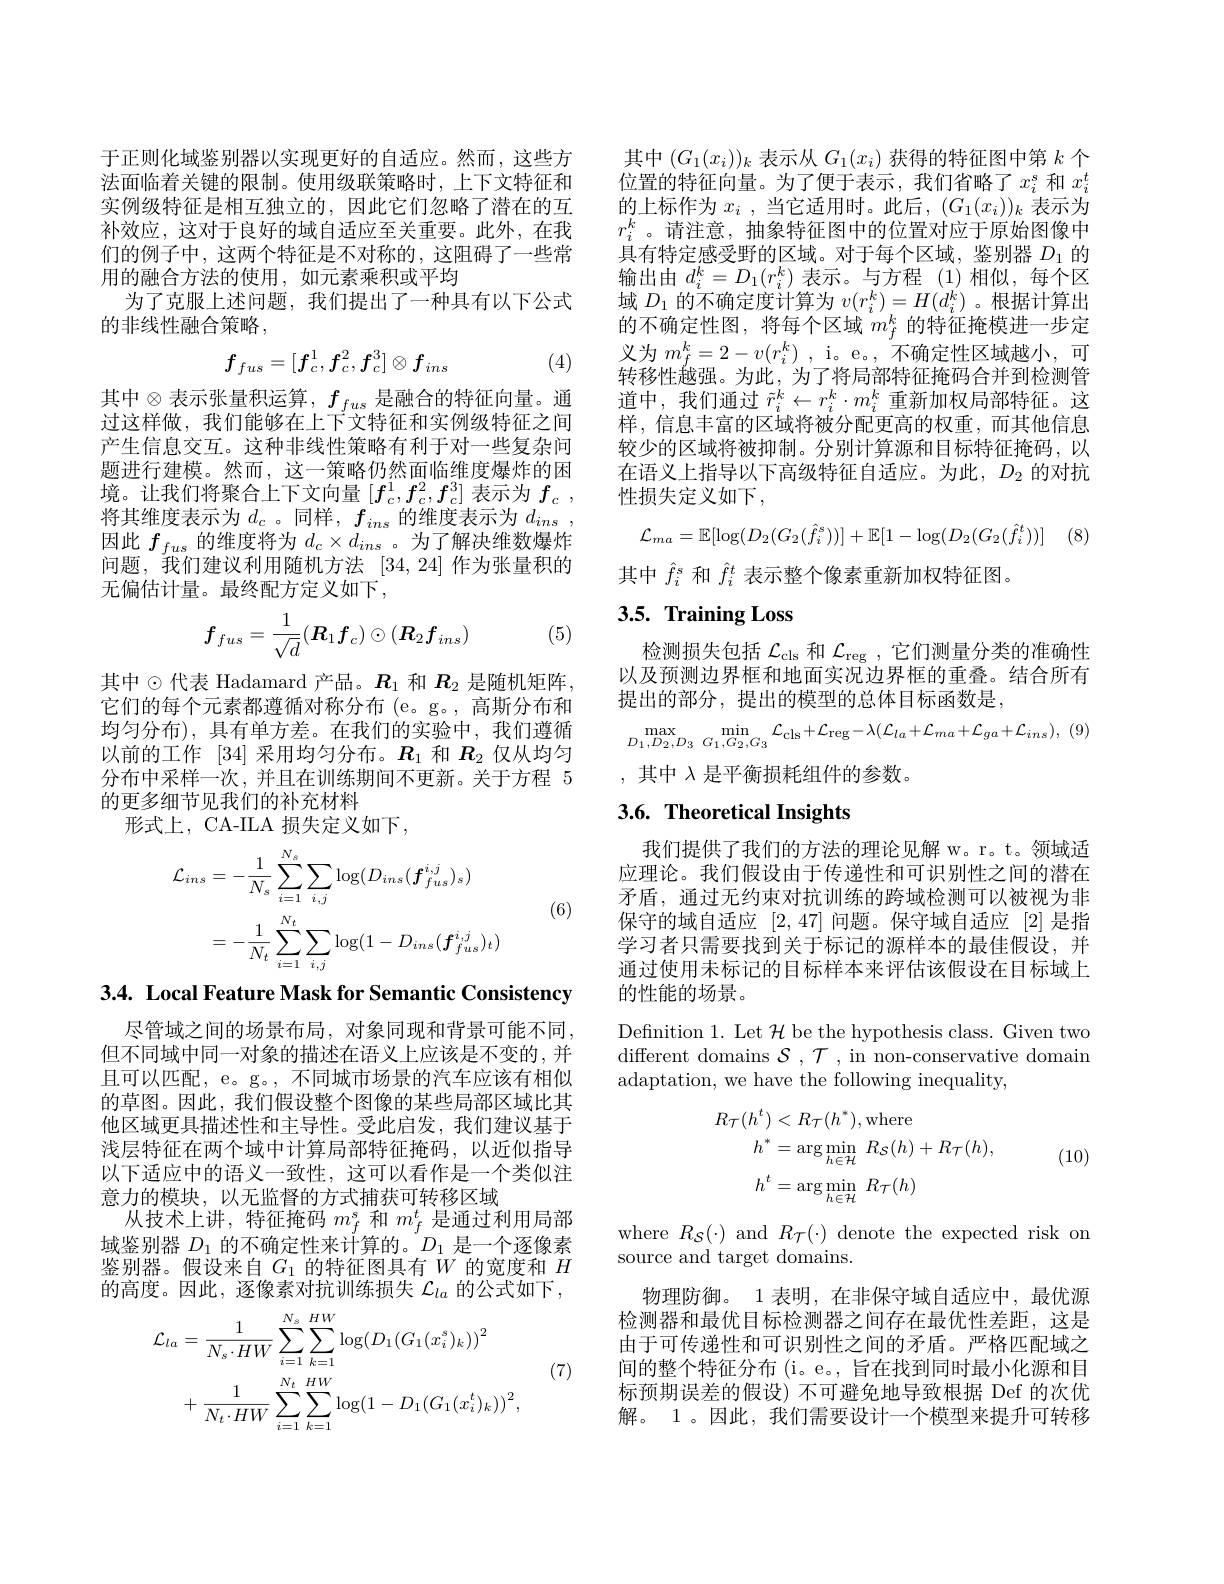
于正则化域鉴别器以实现更好的自适应。然而，这些方法面临着关键的限制。使用级联策略时，上下文特征和实例级特征是相互独立的，因此它们忽略了潜在的互补效应，这对于良好的域自适应至关重要。此外，在我们的例子中，这两个特征是不对称的，这阻碍了一些常用的融合方法的使用，如元素乘积或平均
为了克服上述问题，我们提出了一种具有以下公式
的非线性融合策略，

(4)
$$f_{fus}=[f_c^1,f_c^2,f_c^3]\otimes f_{ins}$$
其中$\otimes$表示张量积运算$,f_fus$ 是融合的特征向量。通过这样做，我们能够在上下文特征和实例级特征之间产生信息交互。这种非线性策略有利于对一些复杂问题进行建模。然而，这一策略仍然面临维度爆炸的困境。让我们将聚合上下文向量$[f_c^1,f_c^2,f_c^3]$表示为$f_c$ , 将其维度表示为$d_c$。同样，$f_ins$的维度表示为$d_ins$ 因此$f_fus$的维度将为$d_c\times d_ins$ 。为了解决维数爆炸问题，我们建议利用随机方法[34,24]作为张量积的无偏估计量。最终配方定义如下，

(5)
$$f_{fus}=\frac{1}{\sqrt{d}}(R_{1}f_{c})\odot(R_{2}f_{ins})$$
其中$\odot$代表 Hadamard 产品。$R_1$ 和 $R_2$ 是随机矩阵， 它们的每个元素都遵循对称分布(e。g。,高斯分布和均匀分布),具有单方差。在我们的实验中，我们遵循以前的工作 [34] 采用均匀分布。$R_{1}$和$R_{2}$仅从均匀分布中采样一次，并且在训练期间不更新。关于方程 5的更多细节见我们的补充材料
形式上，CA-ILA 损失定义如下，
$$\begin{aligned}\mathcal{L}_{ins}&=-\frac{1}{N_{s}}\sum_{i=1}^{N_{s}}\sum_{i,j}\log(D_{ins}(\boldsymbol{f}_{fus}^{i,j})_{s})\\&=-\frac{1}{N_{t}}\sum_{i=1}^{N_{t}}\sum_{i,j}\log(1-D_{ins}(\boldsymbol{f}_{fus}^{i,j})_{t})\end{aligned}$$
(6)

3.4. Local Feature Mask for Semantic Consistency

尽管域之间的场景布局，对象同现和背景可能不同， 但不同域中同一对象的描述在语义上应该是不变的，并且可以匹配，e。g。, 不同城市场景的汽车应该有相似的草图。因此，我们假设整个图像的某些局部区域比其他区域更具描述性和主导性。受此启发，我们建议基于浅层特征在两个域中计算局部特征掩码，以近似指导以下适应中的语义一致性，这可以看作是一个类似注意力的模块，以无监督的方式捕获可转移区域
从技术上讲，特征掩码$m_f^s$和$m_f^t$是通过利用局部域鉴别器$D_1$的不确定性来计算的。$D_1$是一个逐像素鉴别器。假设来自$G_1$的特征图具有$W$的宽度和$H$ 的高度。因此，逐像素对抗训练损失$\mathcal{L}_la$的公式如下，

(7)
$$\begin{aligned}\mathcal{L}_{la}&=\frac{1}{N_{s}\cdot HW}\sum_{i=1}^{N_{s}}\sum_{k=1}^{HW}\log(D_{1}(G_{1}(x_{i}^{s})_{k}))^{2}\\&+\frac{1}{N_{t}\cdot HW}\sum_{i=1}^{N_{t}}\sum_{k=1}^{HW}\log(1-D_{1}(G_{1}(x_{i}^{t})_{k}))^{2},\end{aligned}$$
其中$(G_1(x_i))_k$表示从$G_1(x_i)$获得的特征图中第$k$个位置的特征向量。为了便于表示，我们省略了$x_i^s$ 和 $x_i^t$ 的上标作为$x_i$ ,当它适用时。此后，$(G_1(x_i))_k$表示为$r_i^k$ 。请注意，抽象特征图中的位置对应于原始图像中具有特定感受野的区域。对于每个区域，鉴别器$D_{1}$的输出由$d_i^k=D_1(r_i^k)$表示。与方程 (1)相似，每个区域$D_1$的不确定度计算为$v(r_i^k)=H(d_i^k)$ 。根据计算出的不确定性图，将每个区域$m_f^k$的特征掩模进一步定义为$m_f^k=2-v(r_i^k)$ , i。e。, 不确定性区域越小，可转移性越强。为此，为了将局部特征掩码合并到检测管道中，我们通过$\tilde{r}_i^k\leftarrow r_i^k\cdot m_i^k$重新加权局部特征。这样，信息丰富的区域将被分配更高的权重，而其他信息较少的区域将被抑制。分别计算源和目标特征掩码，以在语义上指导以下高级特征自适应。为此，$D_2$的对抗性损失定义如下，
$$\mathcal{L}_{ma}=\mathbb{E}[\log(D_{2}(G_{2}(\hat{f}_{i}^{s}))]+\mathbb{E}[1-\log(D_{2}(G_{2}(\hat{f}_{i}^{t}))]$$
其中$\hat{f}_i^s$和$\hat{f}_i^t$表示整个像素重新加权特征图。

## $3. 5. \textbf{ Training Loss}$

检测损失包括$\mathcal{L}_\mathrm{cls}$和$\mathcal{L}_\mathrm{reg}$,它们测量分类的准确性以及预测边界框和地面实况边界框的重叠。结合所有提出的部分，提出的模型的总体目标函数是，
$$\max_{D_{1},D_{2},D_{3}}\min_{G_{1},G_{2},G_{3}}\mathcal{L}_{\mathrm{cls}}+\mathcal{L}_{\mathrm{reg}}-\lambda(\mathcal{L}_{la}+\mathcal{L}_{ma}+\mathcal{L}_{ga}+\mathcal{L}_{ins}),$$
,其中$\lambda$是平衡损耗组件的参数。

# 3.6. Theoretical Insights

我们提供了我们的方法的理论见解 w。r。t。领域适应理论。我们假设由于传递性和可识别性之间的潜在矛盾，通过无约束对抗训练的跨域检测可以被视为非保守的域自适应[2,47]问题。保守域自适应[2]是指学习者只需要找到关于标记的源样本的最佳假设，并通过使用未标记的目标样本来评估该假设在目标域上的性能的场景。

Defnition 1. Let $\mathcal{H}$ be the hypothesis class. Given two different domains $\mathcal{S},\mathcal{T}$, in non-conservative domain adaptation, we have the following inequality,
$$\begin{aligned}R_{\mathcal{T}}(h^{t})&<R_{\mathcal{T}}(h^{*}),\mathrm{where}\\h^{*}&=\arg\min_{h\in\mathcal{H}}\:R_{\mathcal{S}}(h)+R_{\mathcal{T}}(h),\\h^{t}&=\arg\min_{h\in\mathcal{H}}\:R_{\mathcal{T}}(h)\end{aligned}$$
(10)

where $R_{\mathcal{S}}(\cdot)$ and $R_{\mathcal{T}}(\cdot)$ denote the expected risk on
source and target domains.

物理防御。1 表明，在非保守域自适应中，最优源检测器和最优目标检测器之间存在最优性差距，这是由于可传递性和可识别性之间的矛盾。严格匹配域之间的整个特征分布 (i。e。, 旨在找到同时最小化源和目标预期误差的假设) 不可避免地导致根据 Def 的次优解。1。因此，我们需要设计一个模型来提升可转移